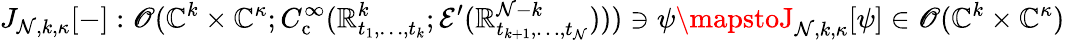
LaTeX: J_{\mathcal{N},k,\kappa}[-]:\mathscr{{O}}(\mathbb{{C}}^{k}\times\mathbb{{C}}^{\kappa};C_{\mathrm{{c}}}^{\infty}(\mathbb{{R}}_{t_{1},\ldots,t_{k}}^{k};\mathcal{{E}}^{\prime}(\mathbb{{R}}_{t_{k+1},\ldots,t_{\mathcal{N}}}^{\mathcal{N}-k})))\ni\psi\mapstoJ_{\mathcal{N},k,\kappa}[\psi]\in\mathscr{{O}}(\mathbb{{C}}^{k}\times\mathbb{{C}}^{\kappa})